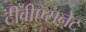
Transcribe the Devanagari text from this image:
टीवीएसनेट